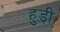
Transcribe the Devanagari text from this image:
हुड़ी